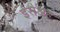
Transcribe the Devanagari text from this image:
ईसैअह